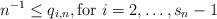
\begin{align*}n^{-1}\leq q_{i,n},\mbox{for }i=2,\ldots ,s_{n}-1 \end{align*}